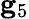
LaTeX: {\mathbf g}_{5}